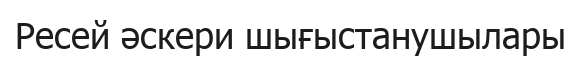
Ресей әскери шығыстанушылары